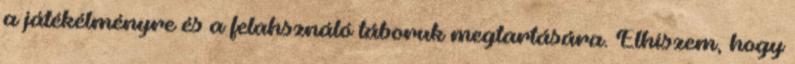
a játékélményre és a felahsználó táboruk megtartására. Elhiszem, hogy